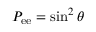
P _ { \mathrm { e e } } = \sin ^ { 2 } \theta